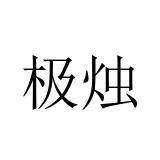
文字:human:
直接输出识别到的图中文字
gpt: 极烛